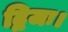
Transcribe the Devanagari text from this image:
द्विजः।